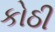
કોઠી